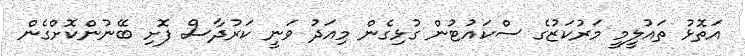
އަތޮޅު ތައުލީމީ މަރުކަޒުގެ ސްކައުޓުން ގުޅިގެން މިއަދު ވަނީ ކަރުދާސް ފޮށި ބޭނުންކޮށްގެން